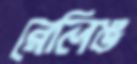
রেলিঙ